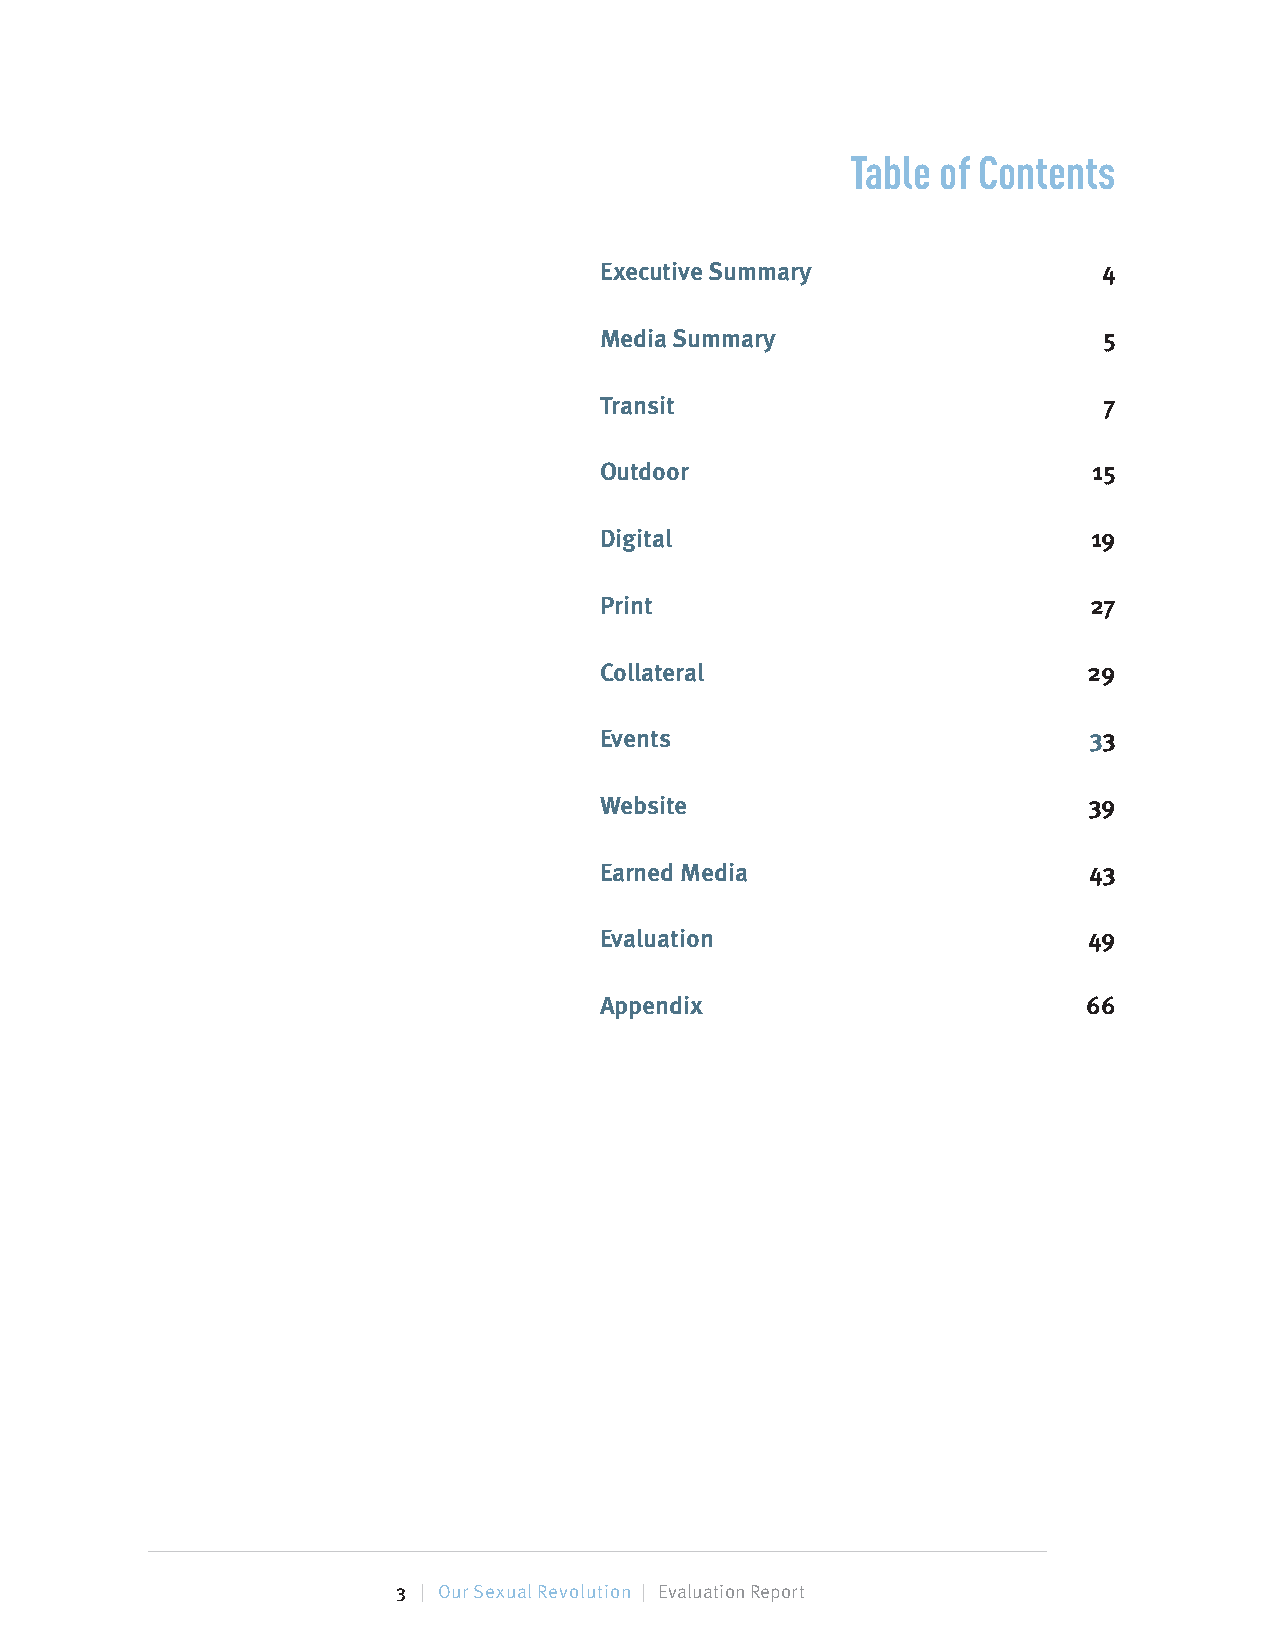
Table of Contents
 Executive Summary                4
 Media Summary                    5
 Transit                          7
 Outdoor                              15
 Digital                              19
 Print                                27
 Collateral                           29
 Events                               33
 Website                              39
 Earned Media                         43
 Evaluation                           49
 Appendix                             66
 3 | Our Sexual Revolution | Evaluation Report